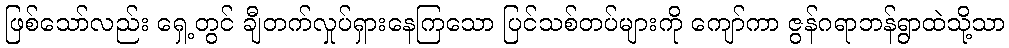
ဖြစ်သော်လည်း ရှေ့တွင် ချီတက်လှုပ်ရှားနေကြသော ပြင်သစ်တပ်များကို ကျော်ကာ ဇွန်ဂရာဘန်ရွာထဲသို့သာ